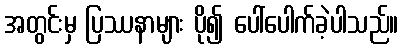
အတွင်းမှ ပြဿနာများ ပို၍ ပေါ်ပေါက်ခဲ့ပါသည်။